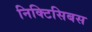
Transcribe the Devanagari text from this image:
निक्टिसिबस